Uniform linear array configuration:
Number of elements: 64
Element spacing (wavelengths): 0.75
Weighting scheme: hamming
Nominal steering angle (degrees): -60
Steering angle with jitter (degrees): -60.814
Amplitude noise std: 0.05
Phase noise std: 0.05

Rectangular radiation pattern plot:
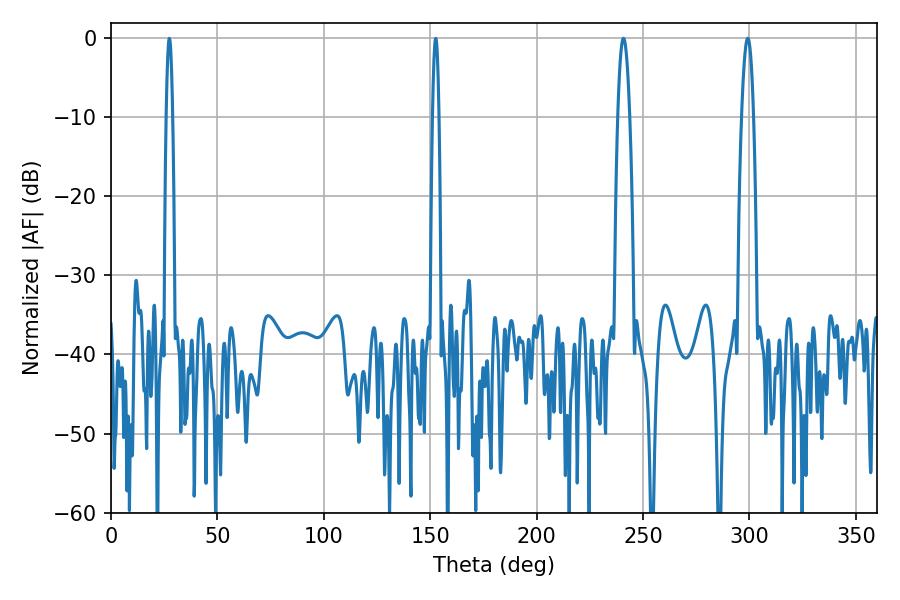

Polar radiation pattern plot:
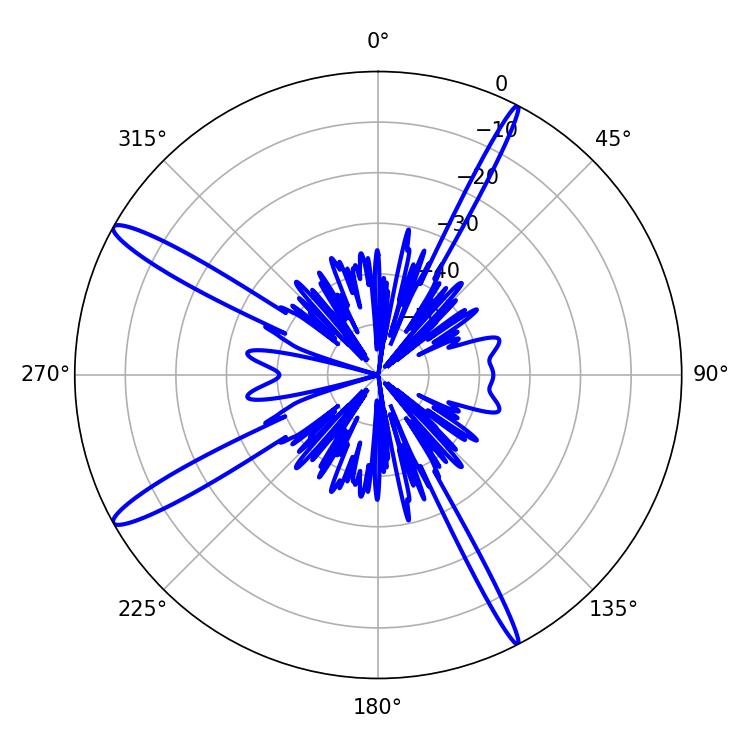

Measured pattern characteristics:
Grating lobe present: TRUE
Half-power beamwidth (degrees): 2.88
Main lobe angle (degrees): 299.16